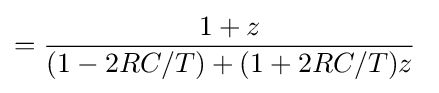
={\frac {1+z}{(1-2RC/T)+(1+2RC/T)z}}\